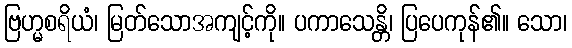
ဗြဟ္မစရိယံ၊ မြတ်သောအကျင့်ကို။ ပကာသေန္တိ၊ ပြပေကုန်၏။ သော၊